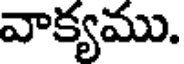
వాక్యము.